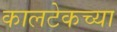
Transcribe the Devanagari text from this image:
कालटेकच्या